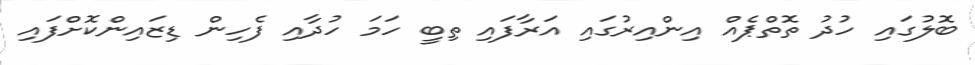
ބޮލުގައި ހުދު ތޮތްޕެއް އިންއިރުގައި އަރާފައި ތިބީ ހަމަ ހުދާއި ފެހިން ޑިޒައިންކޮށްފައި